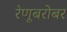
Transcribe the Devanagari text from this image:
रेणूबरोबर